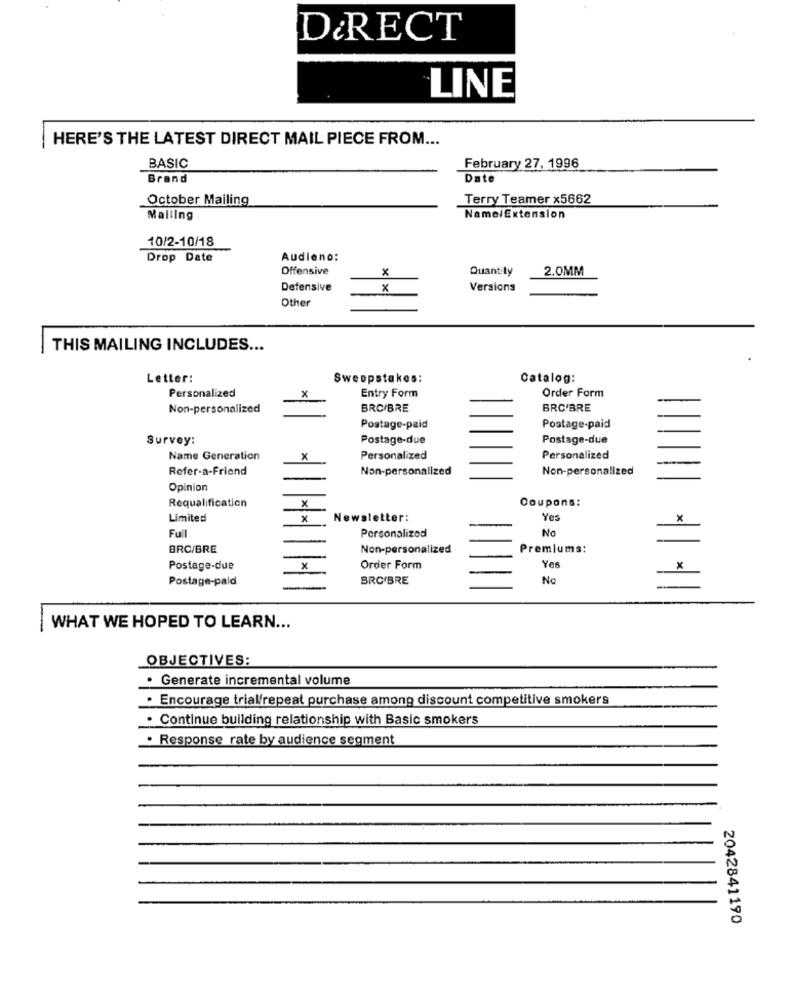
D&RECT
LINE
HERE'S THE LATEST DIRECT MAIL PIECE FROM ...
BASIC
February 27, 1996
Brand
Date
October Mailing
Terry Teamer x5662
Malling
NameiExtension
10/2-10/18
Drop Date
Audiono:
Offensive
x
Quantity
2.0MM
Defensive
x
Versions
Other
THIS MAILING INCLUDES ...
Letter:
Sweepstakes:
Catalog:
Personalized
Order Form
X
Entry Form
Non-personalized
BRC/BRE
BRO'BRE
Postage-paid
Postage-paid
Survey:
Postage-due
Postage-due
Name Generation
X
Personalized
Personalized
Refer-a-Friend
Non-personalized
Non-personalized
Opinion
Requalification
Coupons:
x
Limited
x
Newsletter:
Yes
X
Full
Personalized
No
BRC/BRE
Non-personalized
Premiums:
Postage-due
x
Order Form
Yes
x
Postage-pald
BRO/BRE
No
-
WHAT WE HOPED TO LEARN ...
OBJECTIVES:
· Generate incremental volume
· Encourage trial/repeat purchase among discount competitive smokers
. Continue building relationship with Basic smokers
. Response rate by audience segment
2042841190